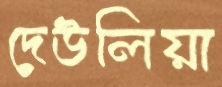
দেউলিয়া